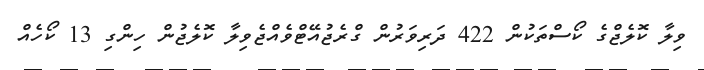
ވިލާ ކޮލެޖްގެ ކޯސްތަކުން 422 ދަރިވަރުން ގްރެޖުއޭޓްވެއްޖެވިލާ ކޮލެޖުން ހިންގި 13 ކޯހެއް